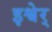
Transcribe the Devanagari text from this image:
इश्वेर्